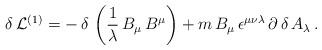
LaTeX: \begin{align*}\delta\,{\cal L}^{(1)} = -\,\delta\,\left(\frac{1}{\lambda}\,B_{\mu}\,B^{\mu}\right) + m\,B_{\mu}\,\epsilon^{\mu\nu\lambda}\,\partial\,\delta\,A_{\lambda}\,. \end{align*}